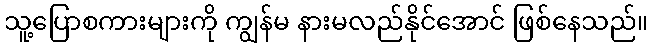
သူ့ပြောစကားများကို ကျွန်မ နားမလည်နိုင်အောင် ဖြစ်နေသည်။